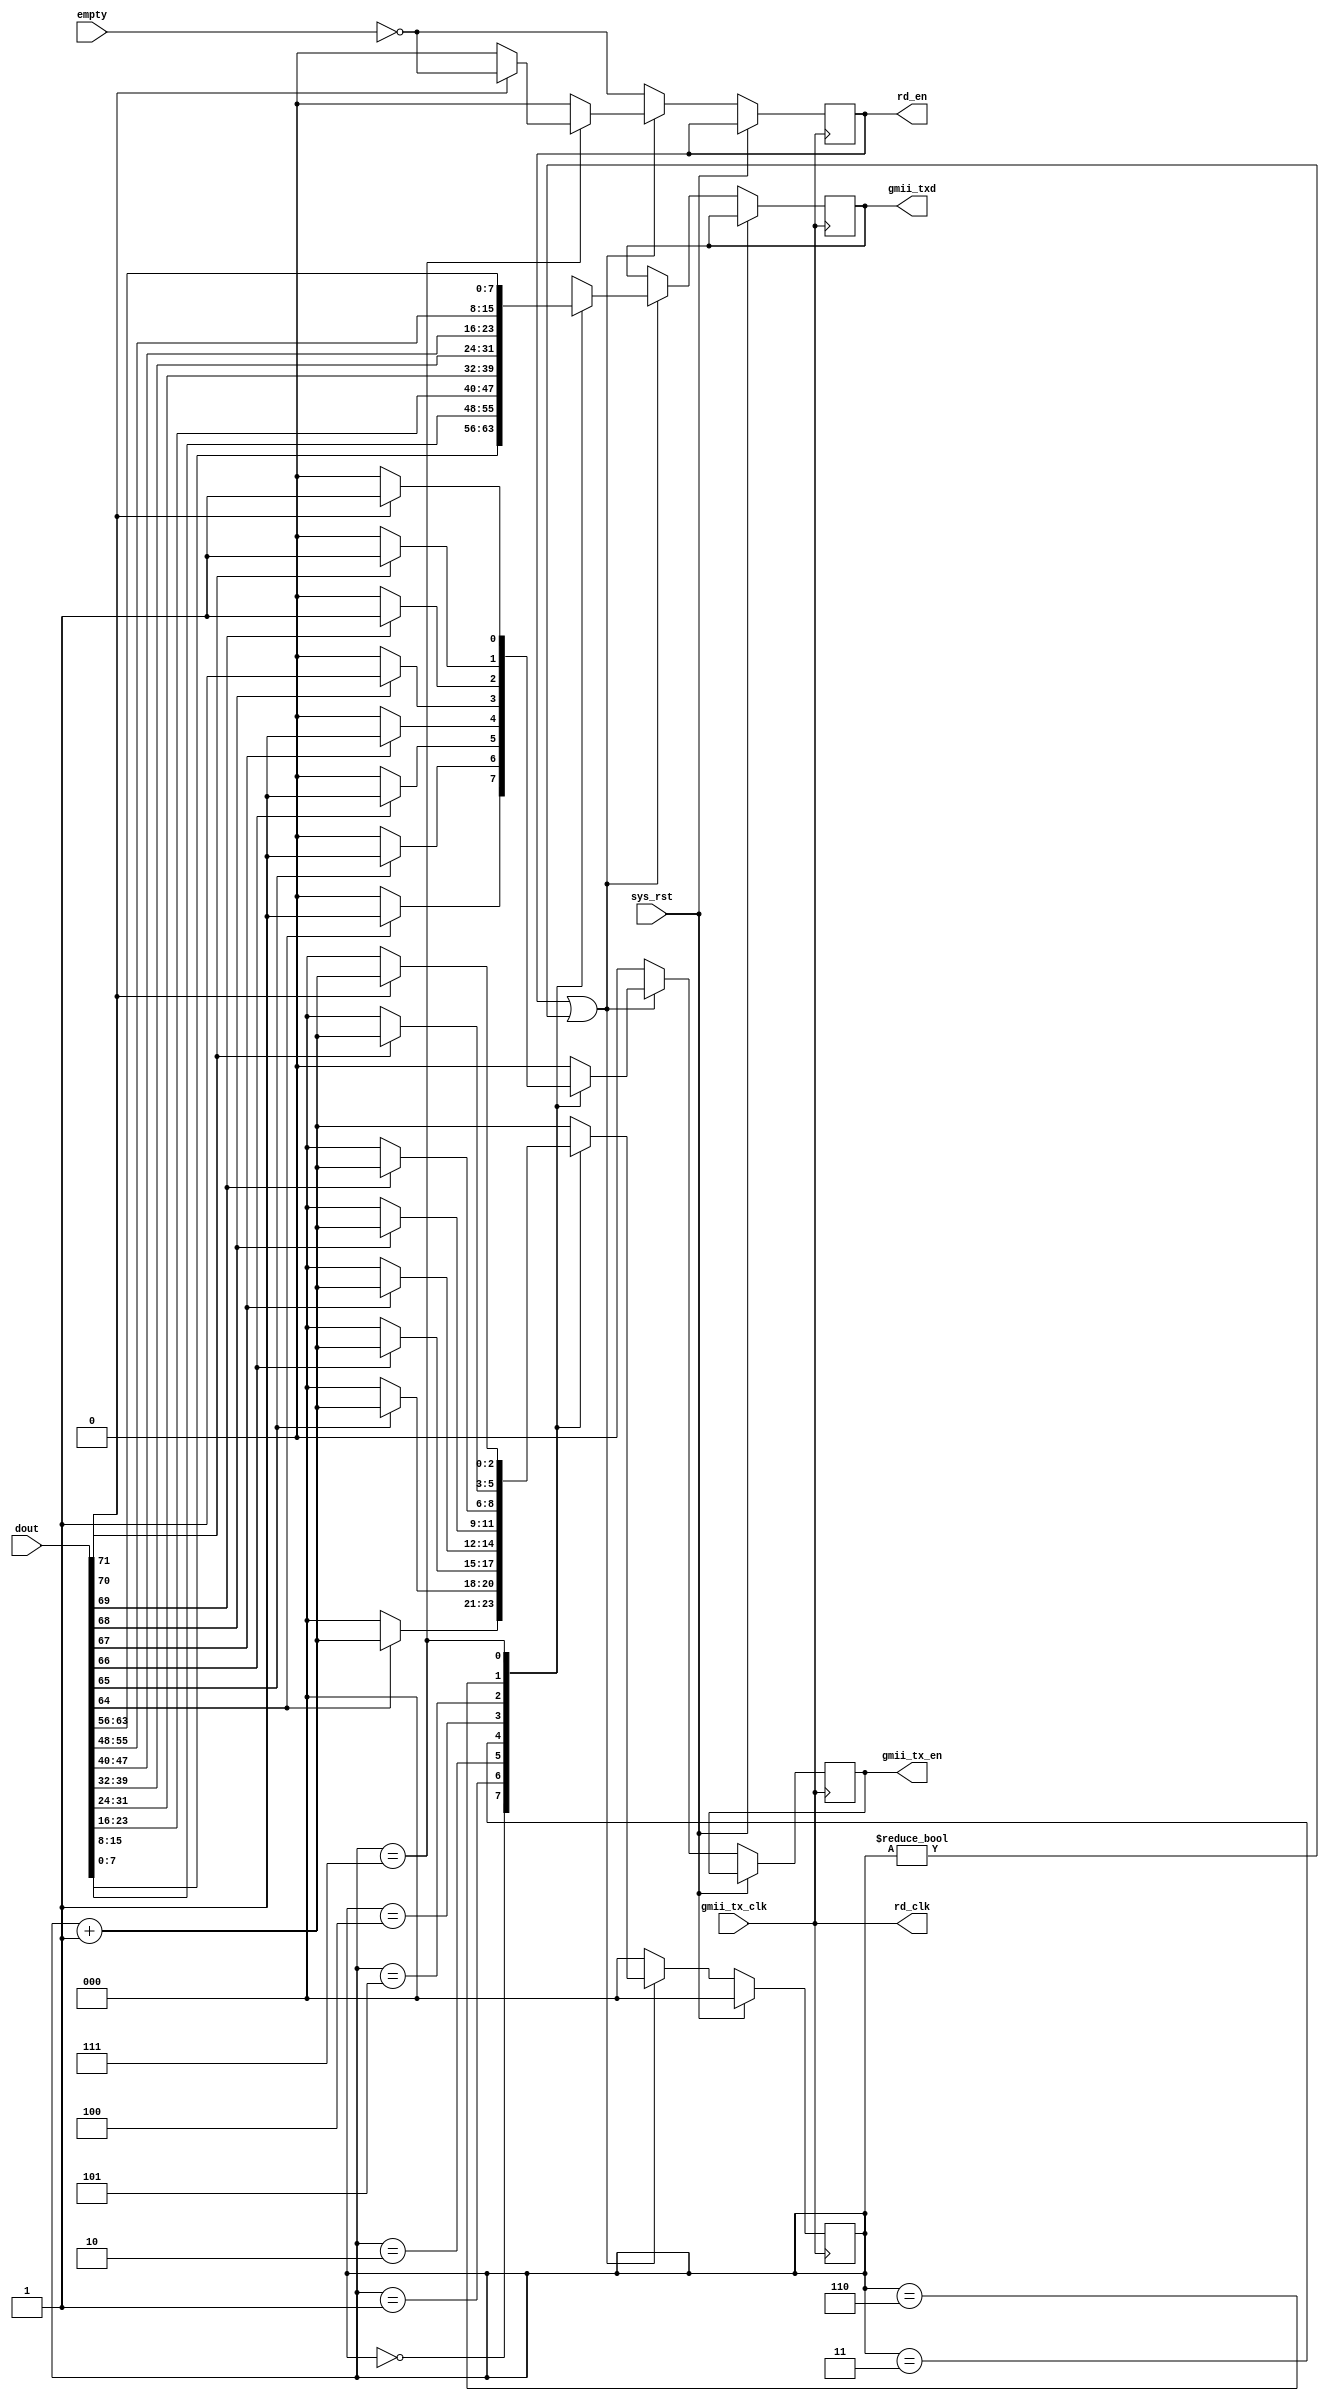
module fifo72togmii (
	// FIFO
	input         sys_rst,
	input [71:0]  dout,
	input         empty,
	output reg    rd_en,
	output        rd_clk,
	// GMII
	input         gmii_tx_clk,
	output        gmii_tx_en,
	output [7:0]  gmii_txd
);

assign rd_clk = gmii_tx_clk;

//-----------------------------------
// logic
//-----------------------------------
reg [2:0] count = 3'h0;
reg [7:0] txd;
reg tx_en;
always @(posedge gmii_tx_clk) begin
	if (sys_rst) begin
		count <= 3'h0;
	end else begin
		tx_en <= 1'b0;
		if (rd_en == 1'b1 || count != 3'h0) begin
			rd_en <= 1'b0;
			count <= count + 3'h1;
			case (count)
				3'h0: begin
					txd        <= dout[ 7: 0];
					if (dout[64] == 1'b1)
						tx_en <= 1'b1;
					else
						count <= 4'h0;
				end
				3'h1: begin
					txd        <= dout[15: 8];
					if (dout[65] == 1'b1)
						tx_en <= 1'b1;
					else
						count <= 4'h0;
				end
				3'h2: begin
					txd        <= dout[23:16];
					if (dout[66] == 1'b1)
						tx_en <= 1'b1;
					else
						count <= 4'h0;
				end
				3'h3: begin
					txd        <= dout[31:24];
					if (dout[67] == 1'b1)
						tx_en <= 1'b1;
					else
						count <= 4'h0;
				end
				3'h4: begin
					txd        <= dout[39:32];
					if (dout[68] == 1'b1)
						tx_en <= 1'b1;
					else
						count <= 4'h0;
				end
				3'h5: begin
					txd        <= dout[47:40];
					if (dout[69] == 1'b1)
						tx_en <= 1'b1;
					else
						count <= 4'h0;
				end
				3'h6: begin
					txd        <= dout[55:48];
					if (dout[70] == 1'b1) begin
						tx_en <= 1'b1;
					end else
						count <= 4'h0;
				end
				3'h7: begin
					txd        <= dout[63:56];
					if (dout[71] == 1'b1) begin
						tx_en <= 1'b1;
                				rd_en  <= ~empty;
					end else
						count <= 4'h0;
				end
			endcase
		end else begin
			count <= 3'h0;
               		rd_en  <= ~empty;
		end
	end
end

assign gmii_tx_en = tx_en;
assign gmii_txd   = txd;

endmodule